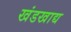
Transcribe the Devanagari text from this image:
खंडखाद्य